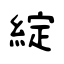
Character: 綻